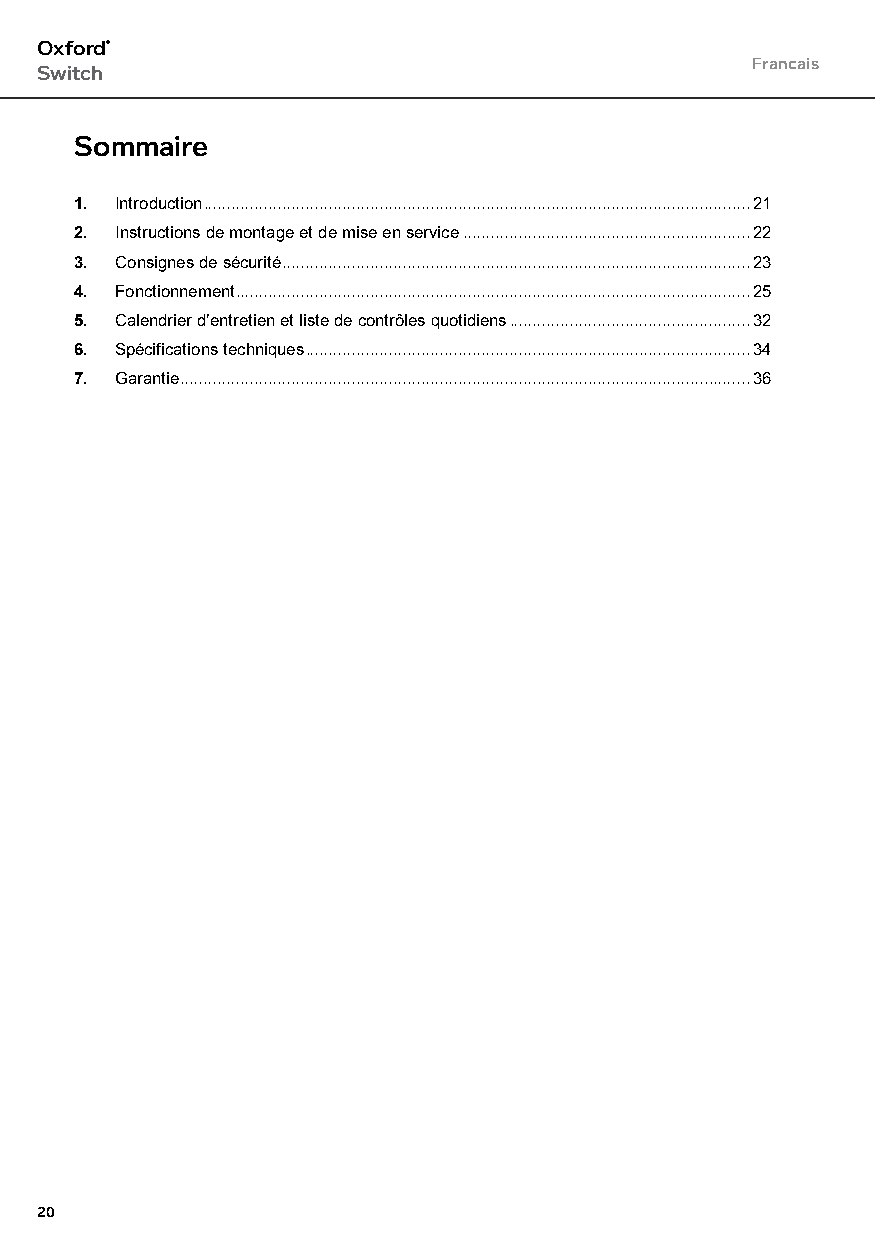
Oxford®
 Francais
 Switch
 Sommaire
 1. Introduction ......................................................................................................................21
 2. Instructions de montage et de mise en service ..............................................................22
 3. Consignes de sécurité .....................................................................................................23
 4. Fonctionnement ...............................................................................................................25
 5. Calendrier d’entretien et liste de contrôles quotidiens ....................................................32
 6. Spécifications techniques ................................................................................................34
 7. Garantie ...........................................................................................................................36
 20